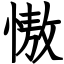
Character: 慠